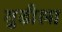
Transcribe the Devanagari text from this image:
गुढीला